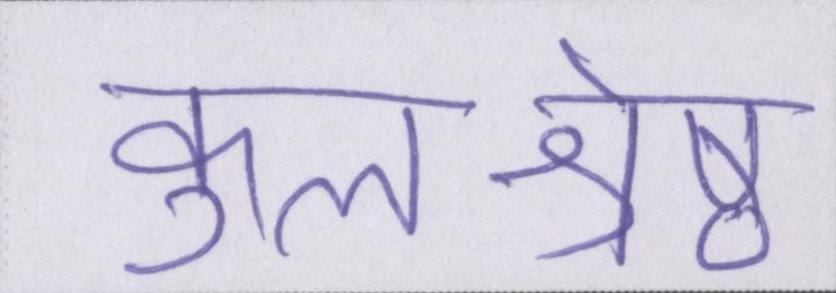
कुलश्रेष्ठ